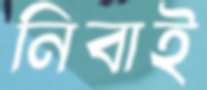
নিবাই